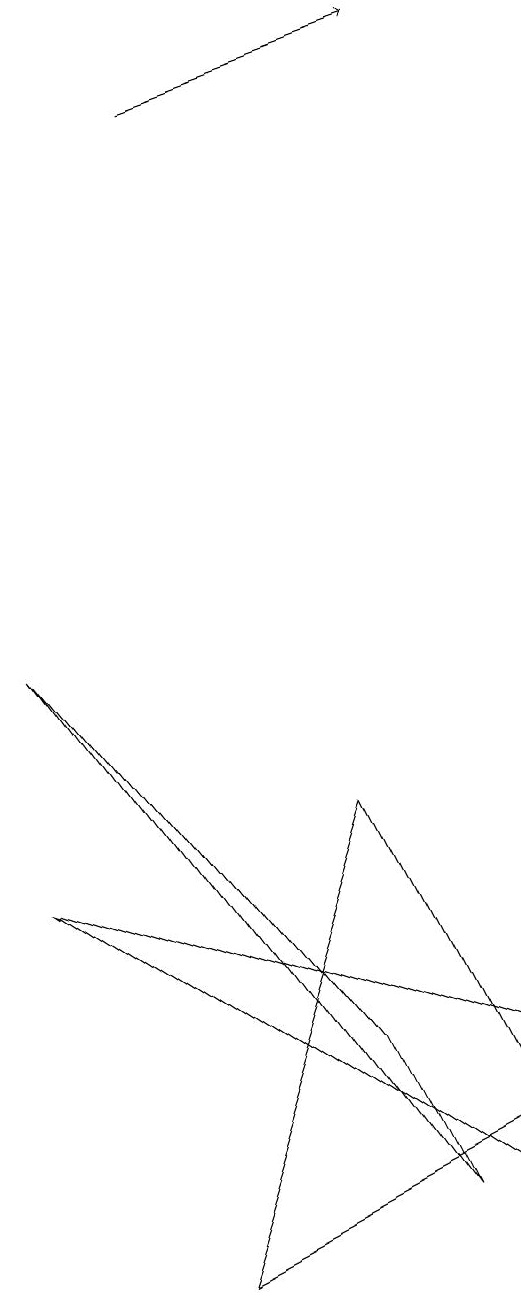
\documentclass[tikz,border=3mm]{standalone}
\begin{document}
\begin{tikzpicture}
\draw[->] (4,15) -- (7,16);
\draw (4,0) -- (8,2) -- (6,6) -- cycle;
\draw (8,1) -- (8,3) -- (2,5) -- cycle;
\draw (6,3) -- (7,1) -- (2,8) -- cycle;
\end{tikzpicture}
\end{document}